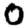
Digit: 0